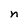
Character: n